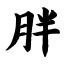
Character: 胖